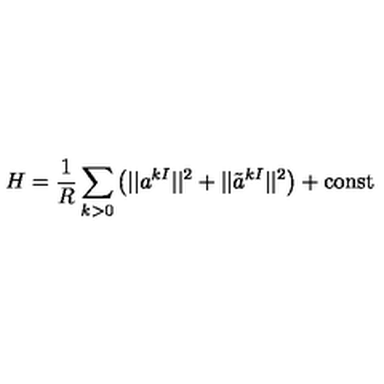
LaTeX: H = { \frac { 1 } { R } } \sum _ { k > 0 } \left( | | a ^ { k I } | | ^ { 2 } + | | \tilde { a } ^ { k I } | | ^ { 2 } \right) + \mathrm { c o n s t }